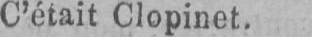
C’était Clopinet.